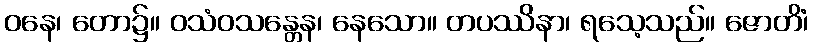
ဝနေ၊ တော၌။ ဝသံဝသန္တေန၊ နေသော။ တပဿိနာ၊ ရသေ့သည်။ ဇောတိံ၊